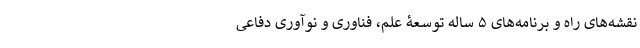
نقشه‌های راه و برنامه‌های ۵ ساله توسعۀ علم، فناوری و نوآوری دفاعی